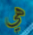
هي